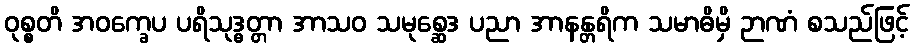
ဝုစ္စတိ အဝက္ခေပ ပရိသုဒ္ဓတ္တာ အာသဝ သမုစ္ဆေဒ ပညာ အာနန္တရိက သမာဓိမှိ ဉာဏံ စသည်ဖြင့်